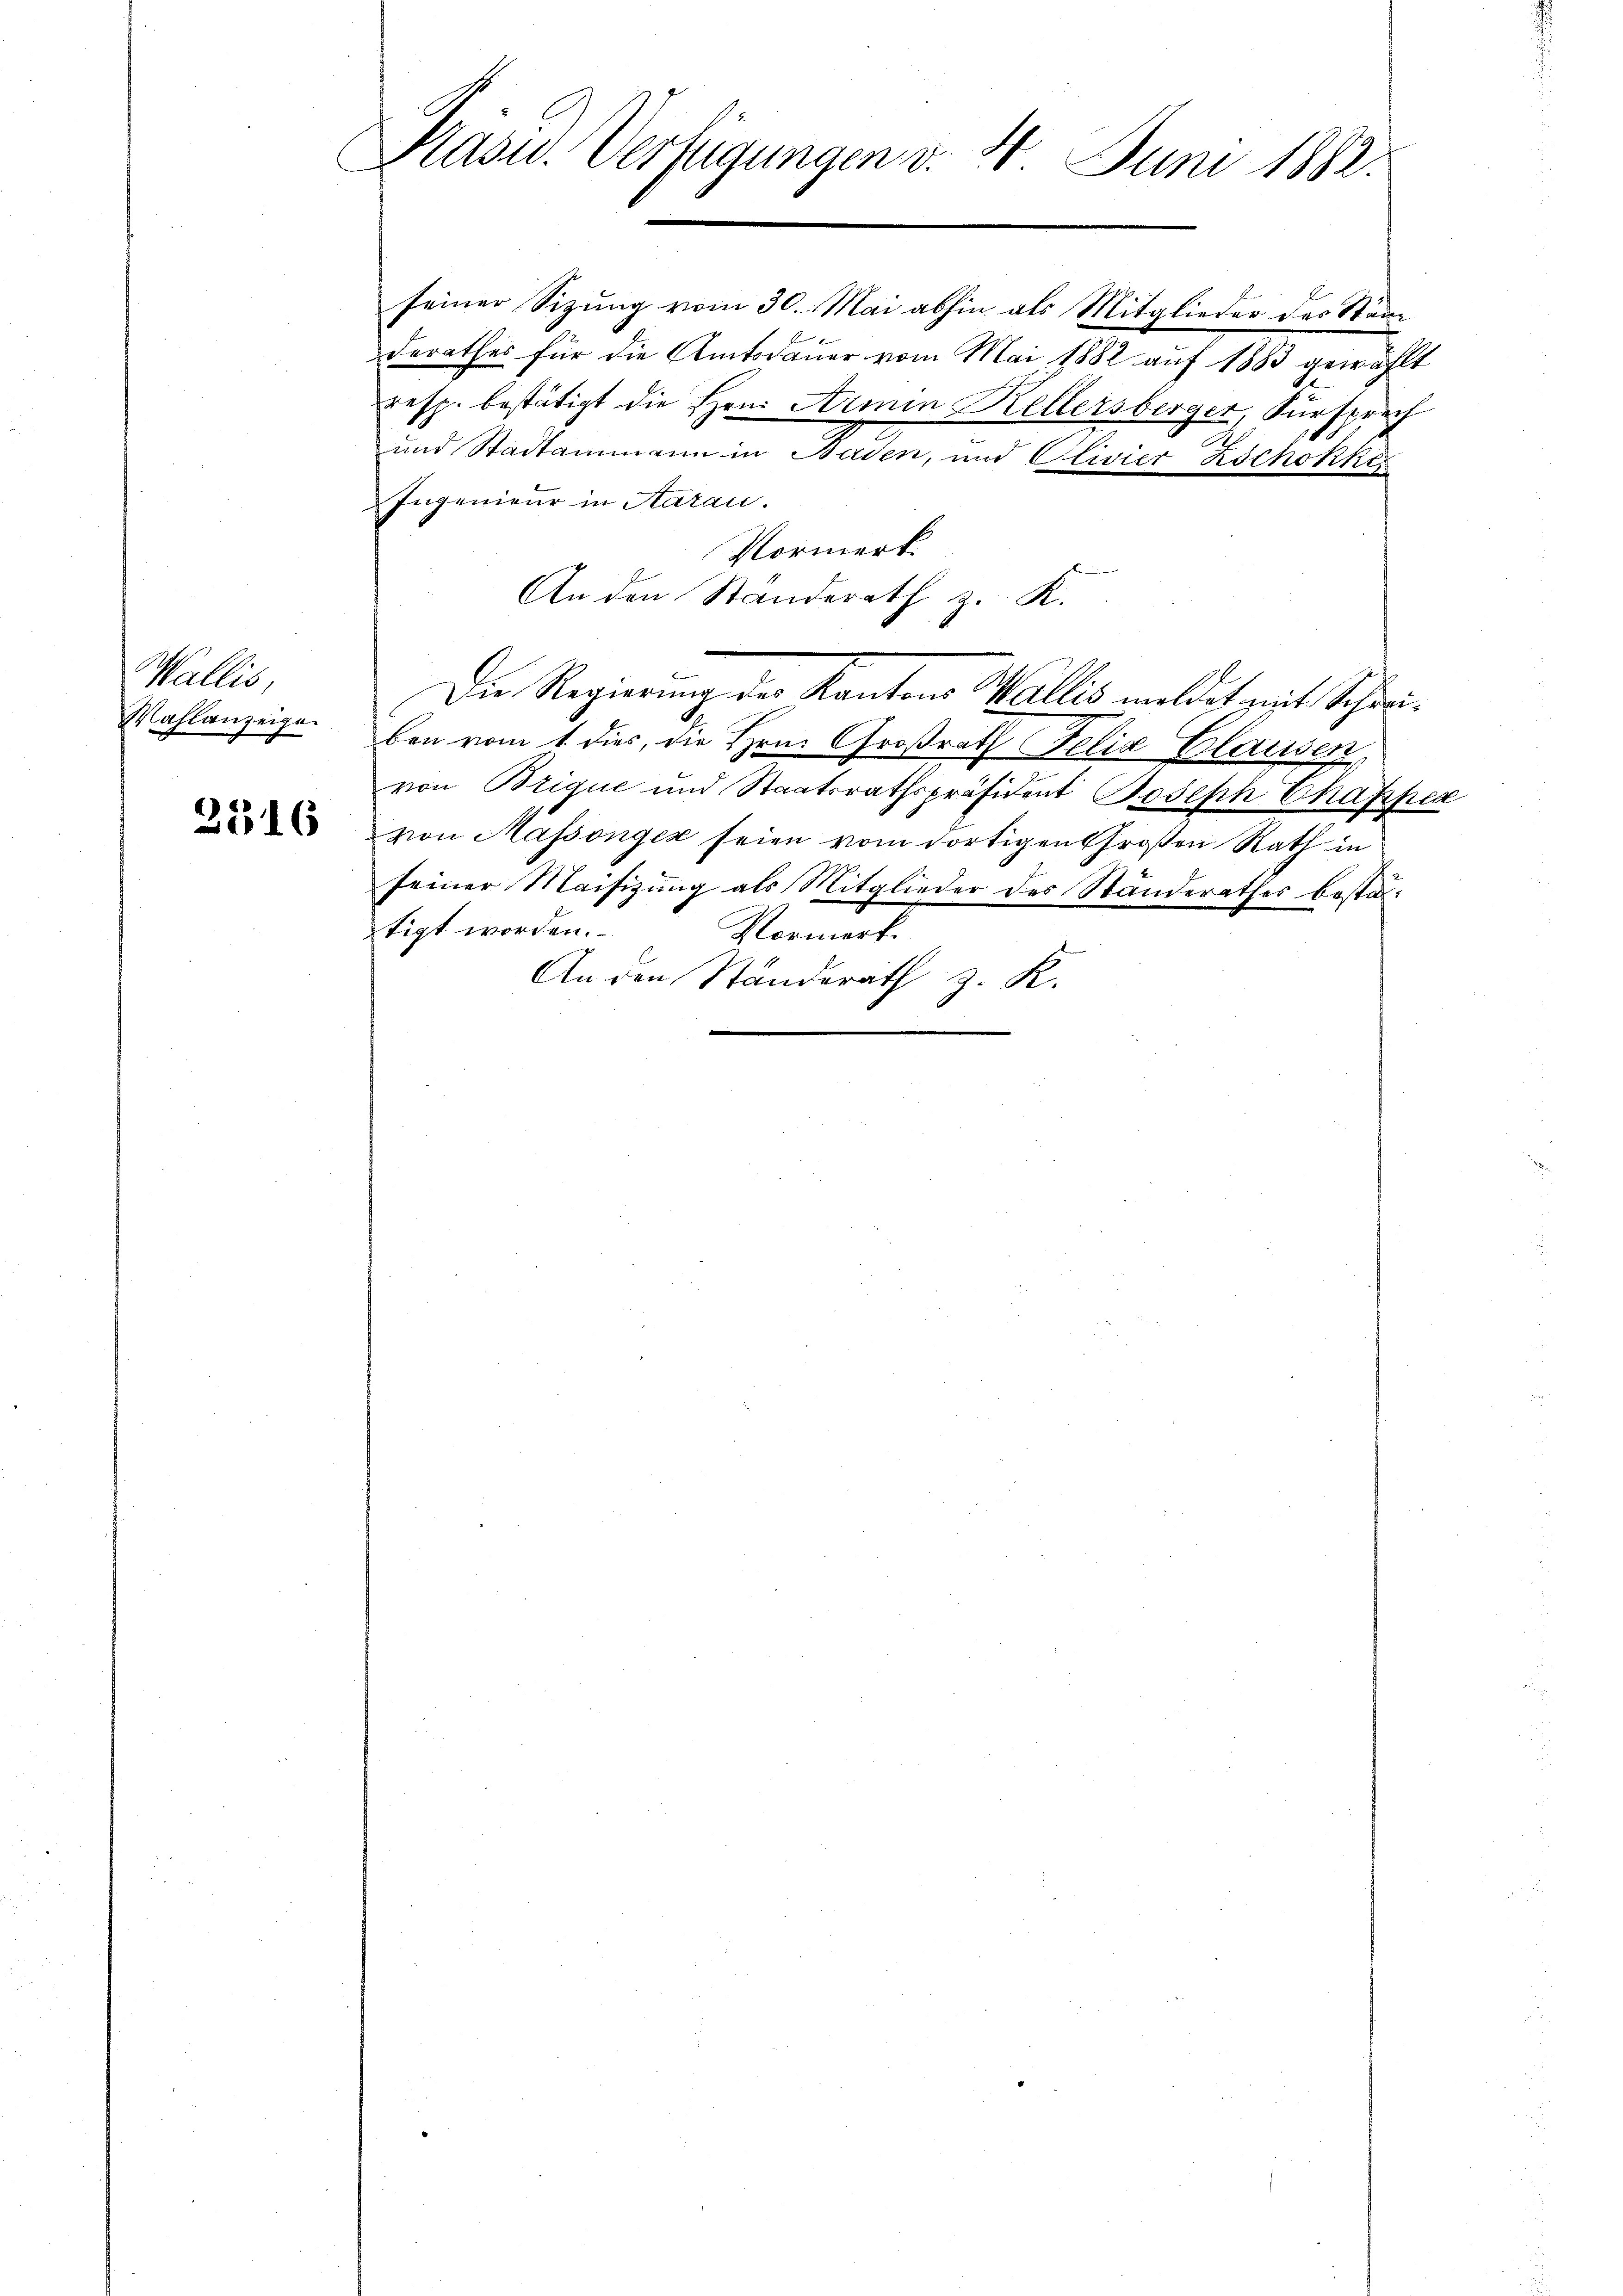
Wallis,
Wahlanzeigen

2316

Kasu. Verfügungen d. 20 Juni 1882.

seiner Sizung vom 30. Mai abhin als Mitglieder des Stade
derathes für die Amtsdauer vom Mai 1882 auf 1883 gewählt
resp. bestätigt die Hrn. Armin Kellersberger, Fürsprech
und Stadtammann in Baden, und Clivier Zschokkes
Ingenieur in Aarau
Vormerk
An den Standerath z. K.
Die Regierung der Kantons Wallis meldet mit Schweibon vom 1. dies, die Hrn. Großrath Felix Blausen,
von Brigue und Staatsrathspräsident Joseph Chapper
von Massonger seien vom dortigen Großen Rath in
seiner Maisizung als Mitglieder des Standerathes bestatigt worden.
Vormerk.
An den Ständerath z. K.